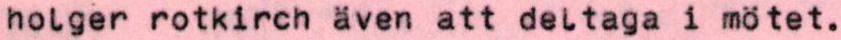
holger rotkirch även att deltaga i mötet.